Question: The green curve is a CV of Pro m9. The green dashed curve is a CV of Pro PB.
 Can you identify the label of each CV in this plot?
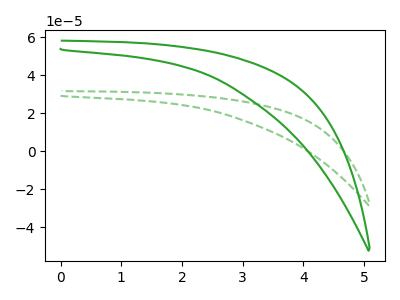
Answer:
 <answer>The green curve is labeled "Pro m9". The green dashed curve is labeled "Pro PB".</answer>
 <eval></eval>